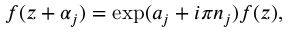
f ( z + \alpha _ { j } ) = \exp ( a _ { j } + i \pi n _ { j } ) f ( z ) ,